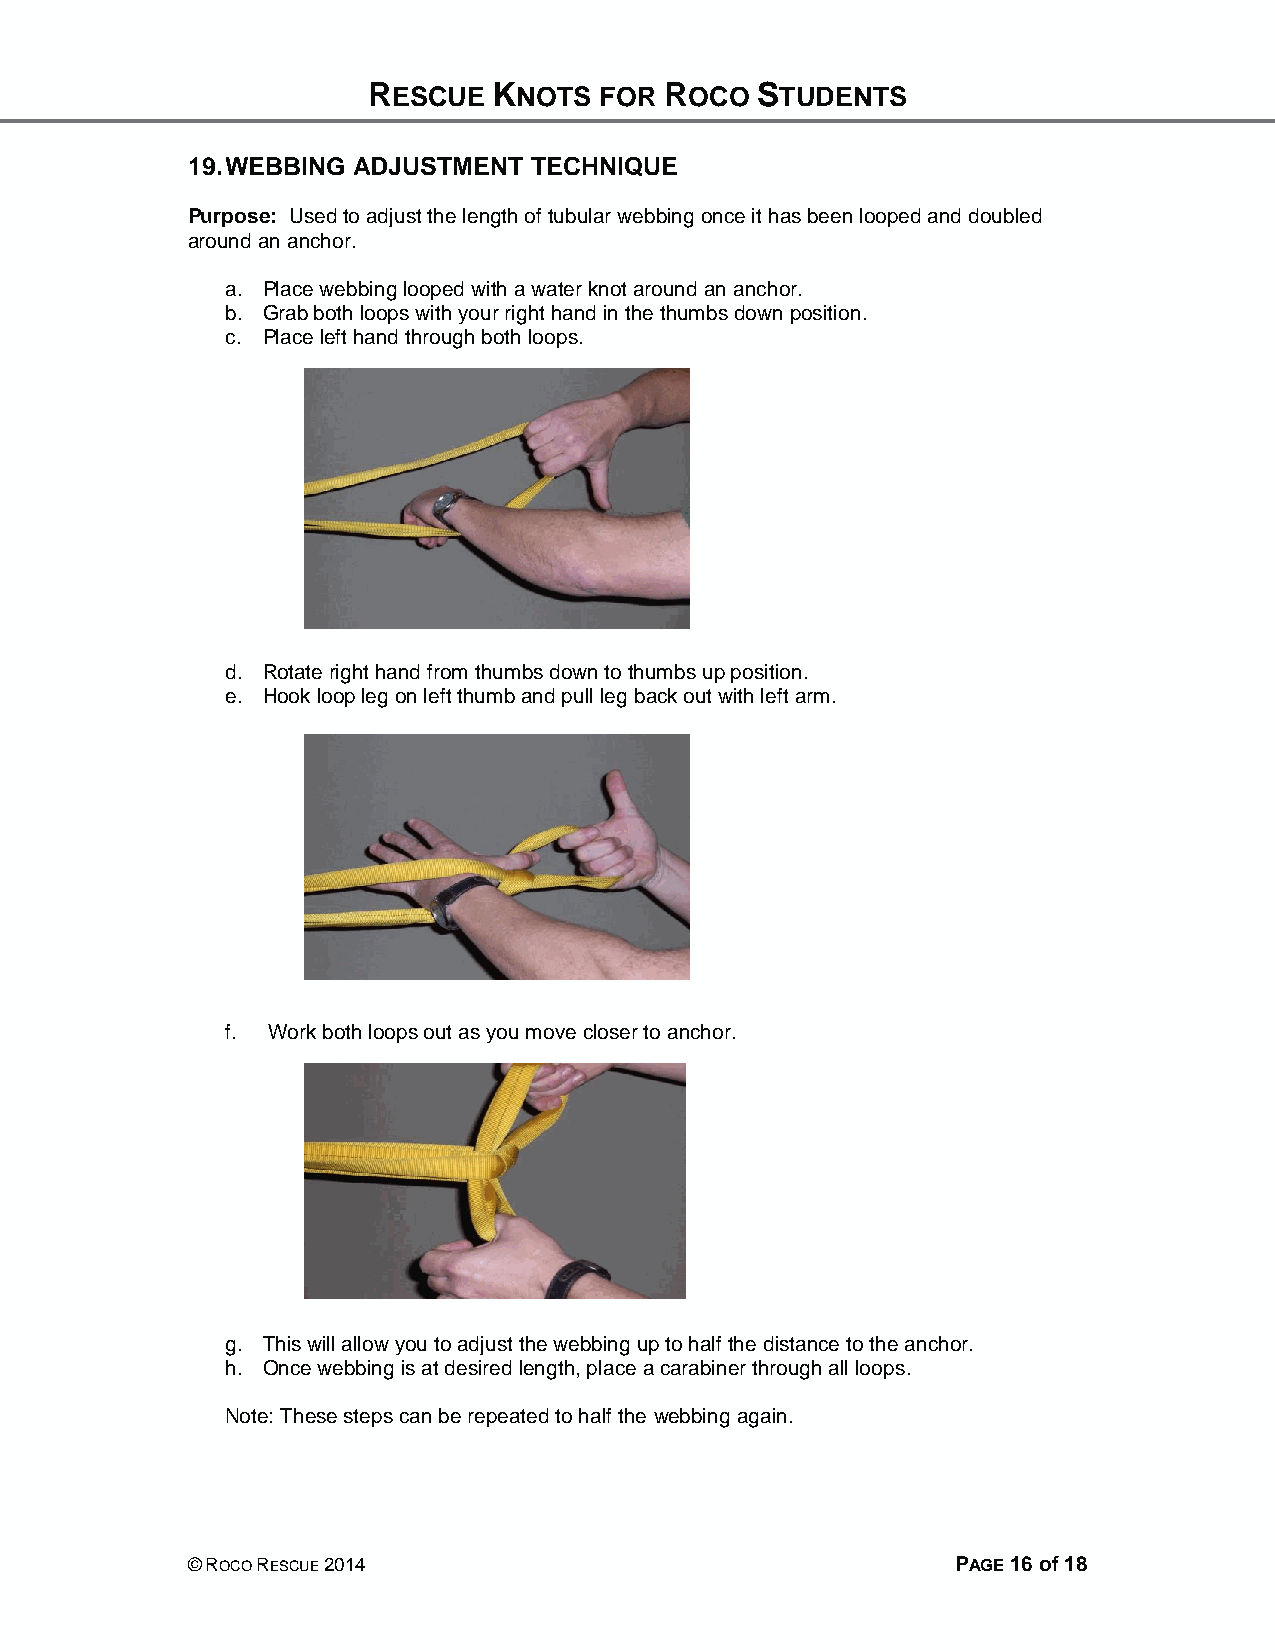
RESCUE   KNOTS  FOR ROCO  STUDENTS
 19. WEBBING ADJUSTMENT TECHNIQUE
 Purpose: Used to adjust the length of tubular webbing once it has been looped and doubled
 around an anchor.
 a. Place webbing looped with a water knot around an anchor.
 b. Grab both loops with your right hand in the thumbs down position.
 c. Place left hand through both loops.
 d. Rotate right hand from thumbs down to thumbs up position.
 e. Hook loop leg on left thumb and pull leg back out with left arm.
 f. Work both loops out as you move closer to anchor.
 g. This will allow you to adjust the webbing up to half the distance to the anchor.
 h. Once webbing is at desired length, place a carabiner through all loops.
 Note: These steps can be repeated to half the webbing again.
 © ROCO RESCUE 2014                                 PAGE 16 of 18